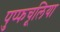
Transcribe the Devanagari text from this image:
पुप्फचूलिया